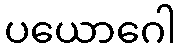
ပယောဂေါ